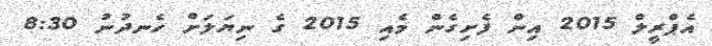
އެޕްރީލް 2015 އިން ފެށިގެން މެއި 2015 ގެ ނިޔަލަށް ހެނދުނު 8:30